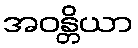
အဝန္တိယာ